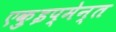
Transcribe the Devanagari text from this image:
एक़ुइप्मेन्त